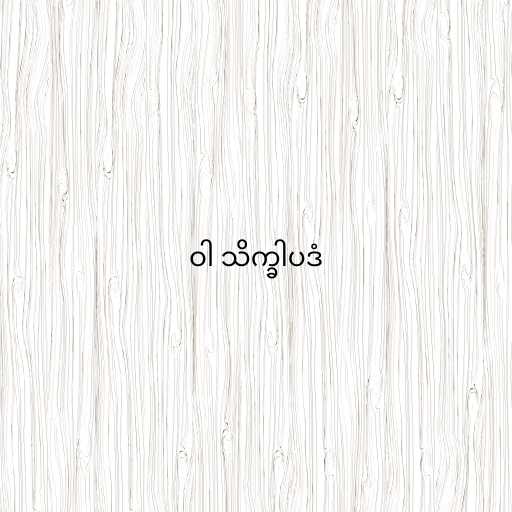
ဝါ သိက္ခါပဒံ